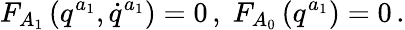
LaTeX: F_{A_{1}}\left(q^{a_{1}},\dot{q}^{a_{1}}\right)=0\, ,\; F_{A_{0}}\left(q^{a_{1}}\right)=0\, .